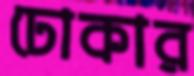
ঢোকার